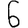
Digit: 6